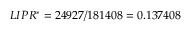
L I P R ^ { * } = 2 4 9 2 7 / 1 8 1 4 0 8 = 0 . 1 3 7 4 0 8